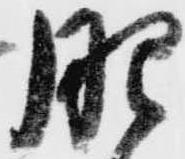
肥